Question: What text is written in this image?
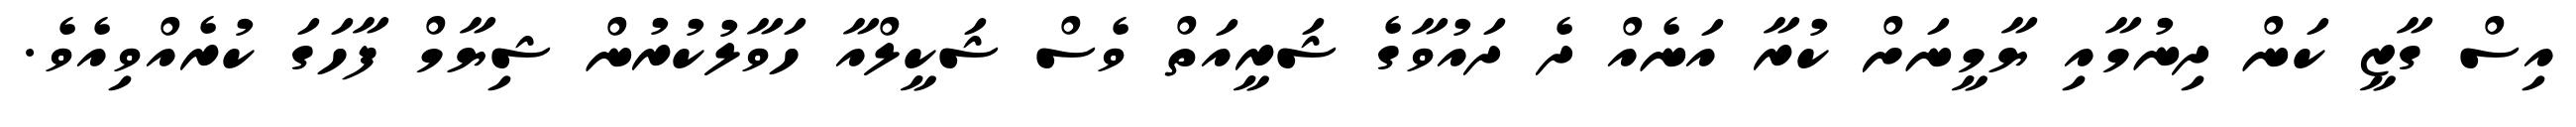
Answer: އިސް ގާޒީ ކަން ދިނުމާއި ޔާމީނަށް ކުރާ އަނެއް ދެ ދައުވާގެ ޝަރީއަތް ވެސް ޝަކީލްއާ ހަވާލުކުރުން ޝިޔާމް ފާހަގަ ކުރެއްވިއެވެ.